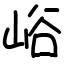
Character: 峪